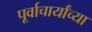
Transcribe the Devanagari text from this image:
पूर्वाचार्यांच्या